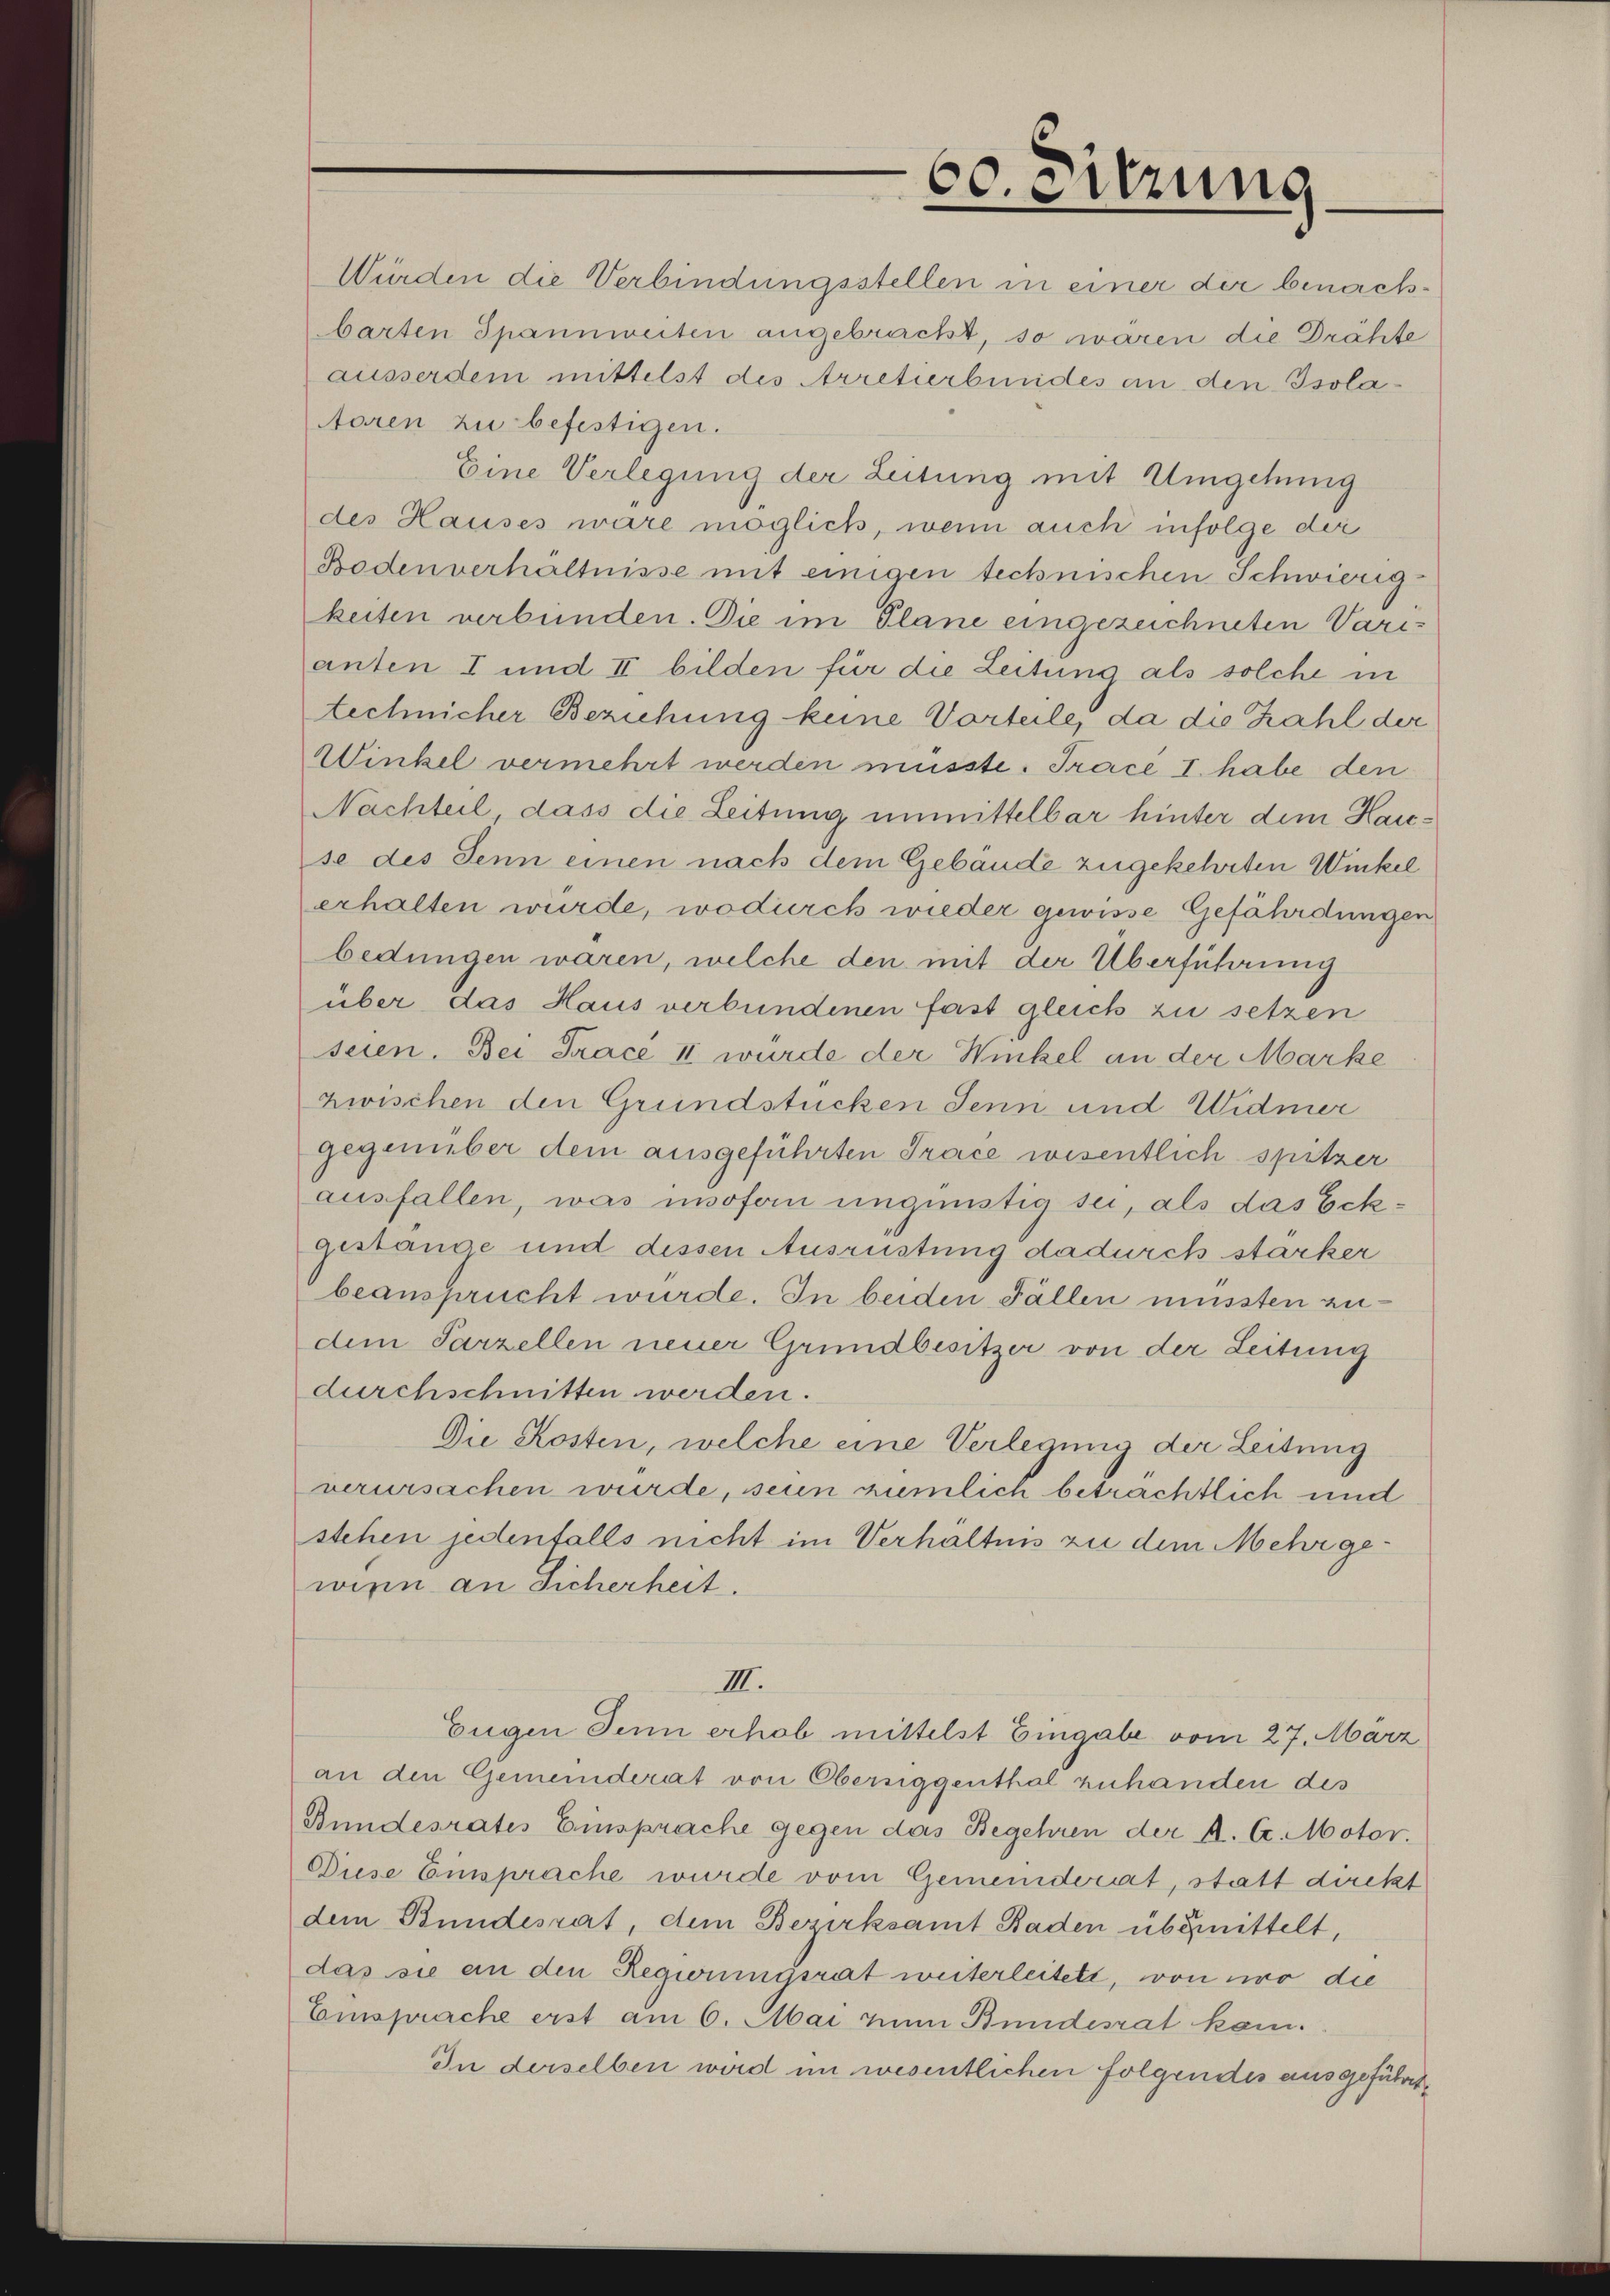
60. Sitzung

Würden die Verbindungsstellen in einer der benachbarten Spannweiten angebracht, so wären die Drähte
ausserdem mittelst des Arretierbundes an den Isolatoren zu befestigen.
Eine Verlegung der Leitung mit Umgehung
des Hauses wäre möglich, wenn auch infolge der
Bodenverhältnisse mit einigen technischen Schwierig
keiten verbünden. Die im Plane eingezeichneten Varianten I und II bilden für die Leitung als solche in
technicher Beziehung keine Vorteile, da die Zahl der
Winkel vermehrt werden müsste. Tracé I. habe den
Nachteil, dass die Leitung unmittelbar hinter dem Haicse des Senn einen nach dem Gebäude zugekehrten Winkel
erhalten wurde, wodurch wieder gewisse Gefährdungen
bedungen waren, welche den mit der Überführung

über das Haus verbundenen fast gleich zu setzen
seien. Bei Trace II wurde der Winkel an der Marke
zwischen den Grundstücken Senn und Widmer
gegenüber dem ausgeführten Trace wisentlich spitzer
ausfallen, was insofan ungünstia sei, als das Eckgestange und dessen Ausrüstung dadurch starker
beansprucht wurde. In beiden Fällen mussten zudem Parzellen neuer Grundbesitzer von der Leitung
durchschnitten werden.
Die Kosten, welche eine Verlegung der Leitung
verursachen wurde, sein ziemlich beträchtlich und
stehen jedenfalls nicht im Verhältnis zu dem Mehr gewien an Sicherheit.
III.
Eugen Jenn erhob mittelst Eingabe vom 27. März
an den Gemeinderat von Oberniggenthal zuhanden des
Bundesrates Einsprache gegen das Begehren der A. A. Motor.
Diese Einsprache wurde vom Gemeinderat, statt dickt
dem Bundesrat, dem Bezirksamt Baden übermittelt,
das sie an den Regierungsrat weiterleitete, von wo die
Einsprache erst am 6. Mai zum Bundesrat kam.
In derselben wird im wesentlichen folgendes ausgeführt,